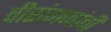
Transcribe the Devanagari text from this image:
वीरांगनांची